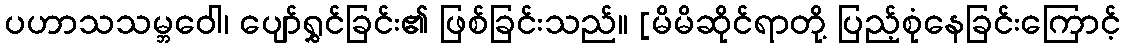
ပဟာသသမ္ဘဝေါ၊ ပျော်ရွှင်ခြင်း၏ ဖြစ်ခြင်းသည်။ [မိမိဆိုင်ရာတို့ ပြည့်စုံနေခြင်းကြောင့်